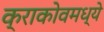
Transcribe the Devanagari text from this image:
क्राकोवमध्ये